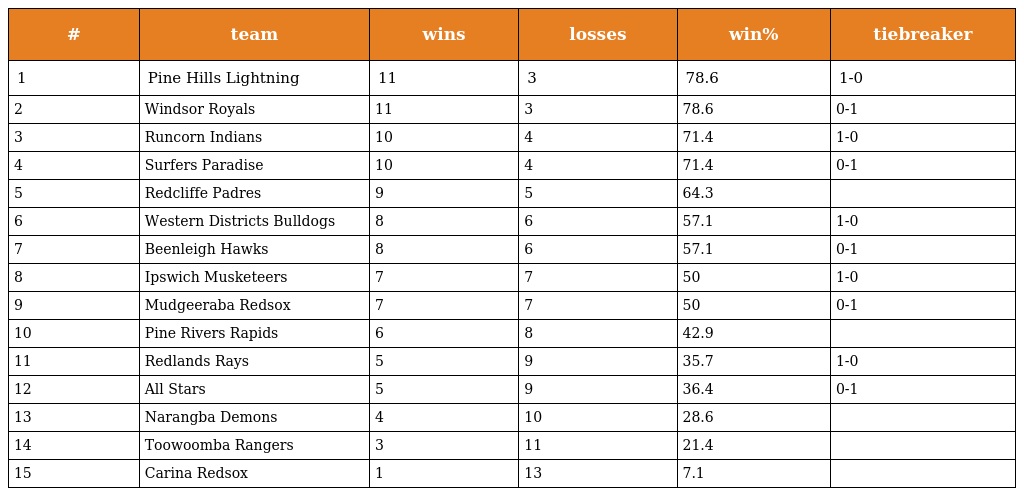
| # | team | wins | losses | win% | tiebreaker |
 | --- | --- | --- | --- | --- | --- |
 | 1 | Pine Hills Lightning | 11 | 3 | 78.6 | 1-0 |
 | 2 | Windsor Royals | 11 | 3 | 78.6 | 0-1 |
 | 3 | Runcorn Indians | 10 | 4 | 71.4 | 1-0 |
 | 4 | Surfers Paradise | 10 | 4 | 71.4 | 0-1 |
 | 5 | Redcliffe Padres | 9 | 5 | 64.3 |  |
 | 6 | Western Districts Bulldogs | 8 | 6 | 57.1 | 1-0 |
 | 7 | Beenleigh Hawks | 8 | 6 | 57.1 | 0-1 |
 | 8 | Ipswich Musketeers | 7 | 7 | 50 | 1-0 |
 | 9 | Mudgeeraba Redsox | 7 | 7 | 50 | 0-1 |
 | 10 | Pine Rivers Rapids | 6 | 8 | 42.9 |  |
 | 11 | Redlands Rays | 5 | 9 | 35.7 | 1-0 |
 | 12 | All Stars | 5 | 9 | 36.4 | 0-1 |
 | 13 | Narangba Demons | 4 | 10 | 28.6 |  |
 | 14 | Toowoomba Rangers | 3 | 11 | 21.4 |  |
 | 15 | Carina Redsox | 1 | 13 | 7.1 |  |